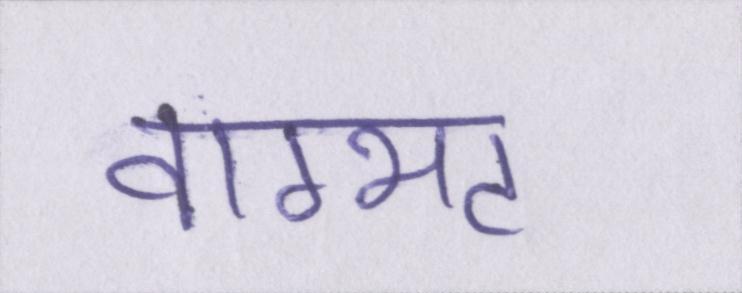
वाग्भट